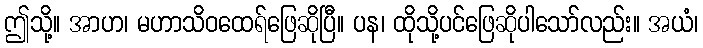
ဤသို့။ အာဟ၊ မဟာသိဝထေရ်ဖြေဆိုပြီ။ ပန၊ ထိုသို့ပင်ဖြေဆိုပါသော်လည်း။ အယံ၊